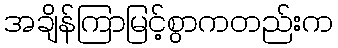
အချိန်ကြာမြင့်စွာကတည်းက